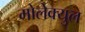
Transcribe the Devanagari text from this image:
मोलेक्युल